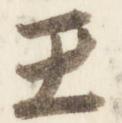
王